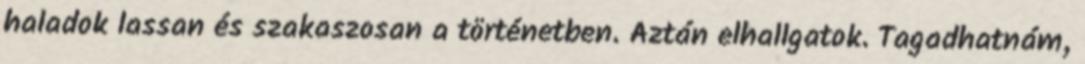
haladok lassan és szakaszosan a történetben. Aztán elhallgatok. Tagadhatnám,